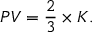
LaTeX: P V = { \frac { 2 } { 3 } } \times { K } .